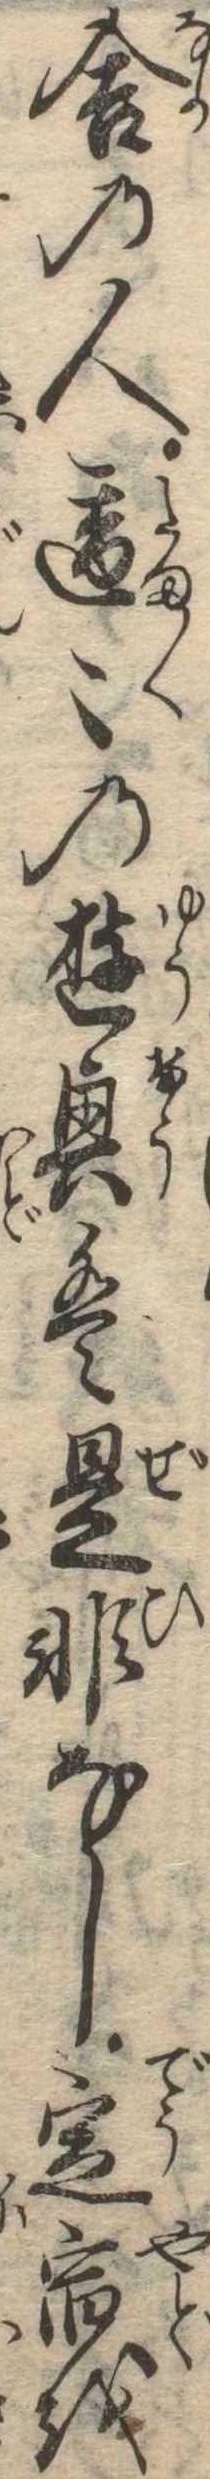
舎の人適〻の遊興は是非なし定宿を